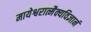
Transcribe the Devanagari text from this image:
मायेश्वरात्मैक्यविज्ञानं